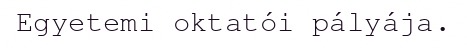
Egyetemi oktatói pályája.